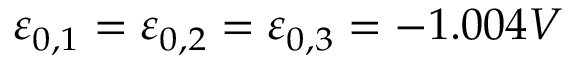
\varepsilon _ { \boldsymbol { 0 } , 1 } = \varepsilon _ { \boldsymbol { 0 } , 2 } = \varepsilon _ { \boldsymbol { 0 } , 3 } = - 1 . 0 0 4 V